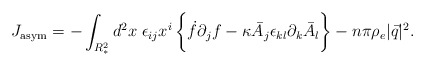
\begin{align*}J_{{\rm asym}} = - \int_{R^2_*} d^2 x \; \epsilon_{ij}x^i \,\biggl\{\dot{f}\partial_j f - \kappa\bar{A}_j \epsilon_{kl}\partial_k \bar{A}_l \biggr\} - n\pi \rho_e |\vec{q}|^2 .\end{align*}